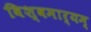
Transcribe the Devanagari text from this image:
विश्वमार्यम्‌